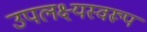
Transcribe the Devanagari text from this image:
उपलक्ष्यस्वरूप